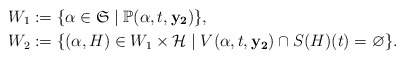
\begin{align*} W_1 &:= \{ \alpha \in \mathfrak{S} \mid \mathbb{P}(\alpha, t, \mathbf{y_2})\}, \\ W_2 &:= \{(\alpha, H) \in W_1 \times \mathcal{H} \mid V(\alpha, t, \mathbf{y_2}) \cap S(H)(t) = \varnothing\}. \end{align*}